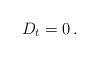
LaTeX: \begin{align*}D_t=0\,.\end{align*}